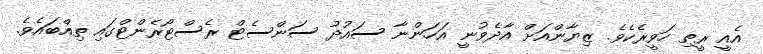
އެއީ ރީތި ހަވީރެކެވެ. ޒިޔާންއަށް އާދެވުނީ އަހަންނާ ސައުދު ސަންސެޓް ރެސްޓޯރެންޓްގައި ތިއްބައެވެ.